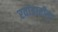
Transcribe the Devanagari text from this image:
रवांडातील